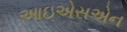
આઇએસએન